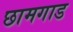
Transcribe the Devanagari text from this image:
छामगाड